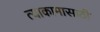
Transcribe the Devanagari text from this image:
त्याकामासाठी